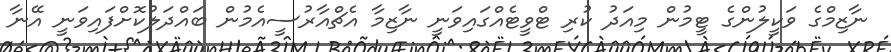
ނާޒިމްގެ ވަކީލުންގެ ޓީމުން މިއަދު ކުރި ޓްވީޓެއްގައިވަނީ ނާޒިމާ އެޗްއާރުސީއެމުން ބައްދަލުކޮށްފައިވަނީ އޭނާ